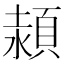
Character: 𩓊